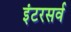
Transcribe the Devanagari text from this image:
इंटरसर्व